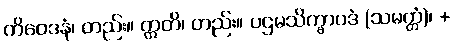
ကိဝေဒနံ၊ တည်း။ ဣတိ၊ တည်း။ ပဌမသိက္ခာပဒံ (သမတ္တံ)၊ +